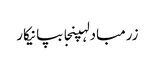
زرمبادلہپنجابپانیکار